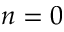
n = 0